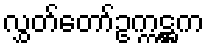
လွှတ်တော်ဥက္ကဋ္ဌက